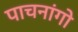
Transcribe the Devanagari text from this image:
पाचनांगो